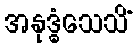
အနုဒ္ဓံသေသိံ